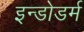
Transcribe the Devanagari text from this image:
इन्डोडर्म